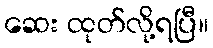
ဆေး ထုတ်လို့ရပြီ။